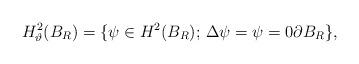
LaTeX: \begin{align*}H_\vartheta^{2}(B_R)=\{\psi\in H^2(B_R);\, \Delta\psi = \psi =0\partial B_R\},\end{align*}